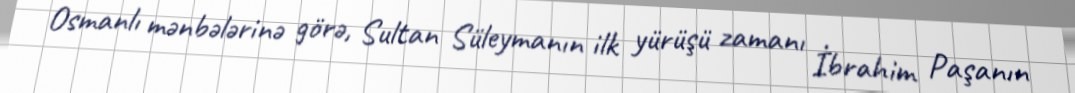
Osmanlı mənbələrinə görə, Sultan Süleymanın ilk yürüşü zamanı İbrahim Paşanın